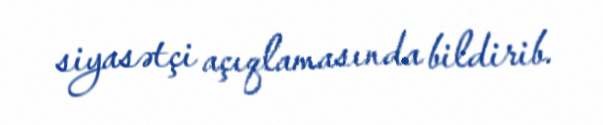
siyasətçi açıqlamasında bildirib.